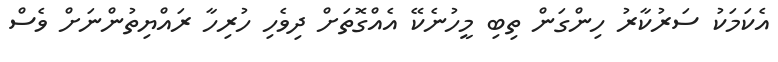
އެކަމަކު ސަރުކާރު ހިންގަން ތިބި މީހުނެކޭ އެއްގޮތަަށް ދިވެހި ހުރިހާ ރައްޔިތުންނަށް ވެސް